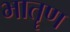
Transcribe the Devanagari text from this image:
भातॄण